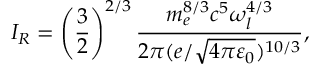
I _ { R } = \left( \frac { 3 } { 2 } \right) ^ { 2 / 3 } \frac { m _ { e } ^ { 8 / 3 } c ^ { 5 } \omega _ { l } ^ { 4 / 3 } } { 2 \pi ( e / \sqrt { 4 \pi \varepsilon _ { 0 } } ) ^ { 1 0 / 3 } } ,